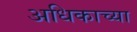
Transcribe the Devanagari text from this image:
अधिकाच्या